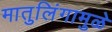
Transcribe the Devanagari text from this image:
मातुलिंगामुळे